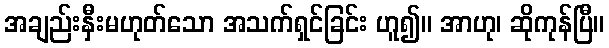
အချည်းနှီးမဟုတ်သော အသက်ရှင်ခြင်း ဟူ၍။ အာဟု၊ ဆိုကုန်ပြီ။